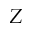
Z